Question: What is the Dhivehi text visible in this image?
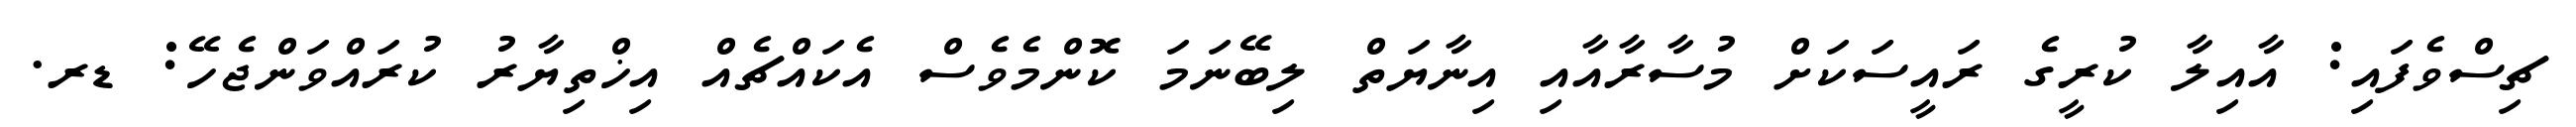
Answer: ޗިސްވެފައި: އާއިލާ ކުރީގެ ރައީސަކަށް މުސާރާއާއި އިނާޔަތް ލިބޭނަމަ ކޮންމެވެސް އެކައްޗެއް އިޚްތިޔާރު ކުރައްވަންޖެހޭ: ޑރ.